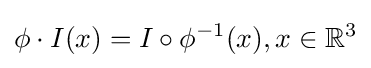
\phi \cdot I(x)=I\circ \phi ^{-1}(x),x\in {\mathbb {R} }^{3}